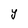
Character: Y